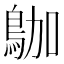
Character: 𪀁